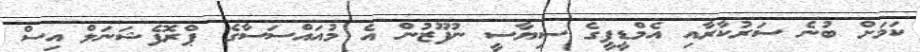
ކަމަށް ބުނެ ސަރުކާރާއި އެމްޑީޕީގެ ސިޔާސީ ނުފޫޒުން އެ މުއައްސަސާގެ ޕްރޮފެޝަނަލް އިސް